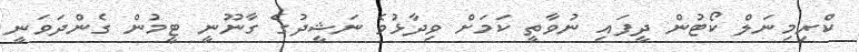
ކްރިމިނަލް ކޯޓުން ދީފައި ނުވާތީ ކަމަށް ވިދާޅުވެ ނަޝީދުގެ ގާނޫނީ ޓީމުން ގެންދަވަނީ